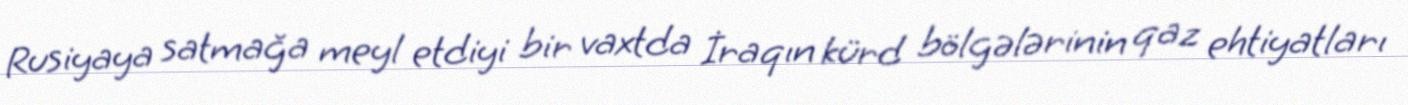
Rusiyaya satmağa meyl etdiyi bir vaxtda İraqın kürd bölgələrinin qaz ehtiyatları